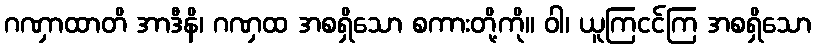
ဂဏှာထာတိ အာဒီနိ၊ ဂဏှထ အစရှိသော စကားတို့ကို။ ဝါ၊ ယူကြငင်ကြ အစရှိသော